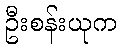
ဦးစန်းယုက